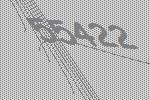
55422